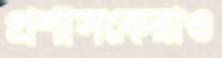
প্রশাসকেরাও